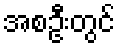
အစဦးတွင်